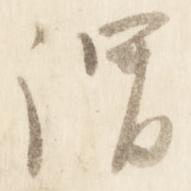
謂